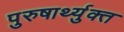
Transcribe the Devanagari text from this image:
पुरुषार्थ्युक्त